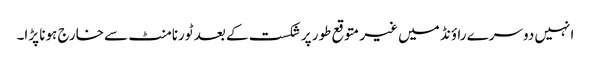
انہیں دوسرے راؤنڈ میں غیر متوقع طور پر شکست کے بعد ٹورنامنٹ سے خارج ہونا پڑا۔